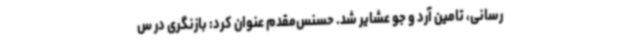
رسانی، تامین آرد و جو عشایر شد. حسنس‌مقدم عنوان کرد: بازنگری در س